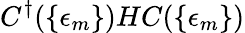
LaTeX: C^{\dagger}(\{ \epsilon_{m}\} )HC(\{ \epsilon_{m}\} )